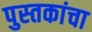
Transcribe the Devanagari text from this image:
पुस्‍तकांचा